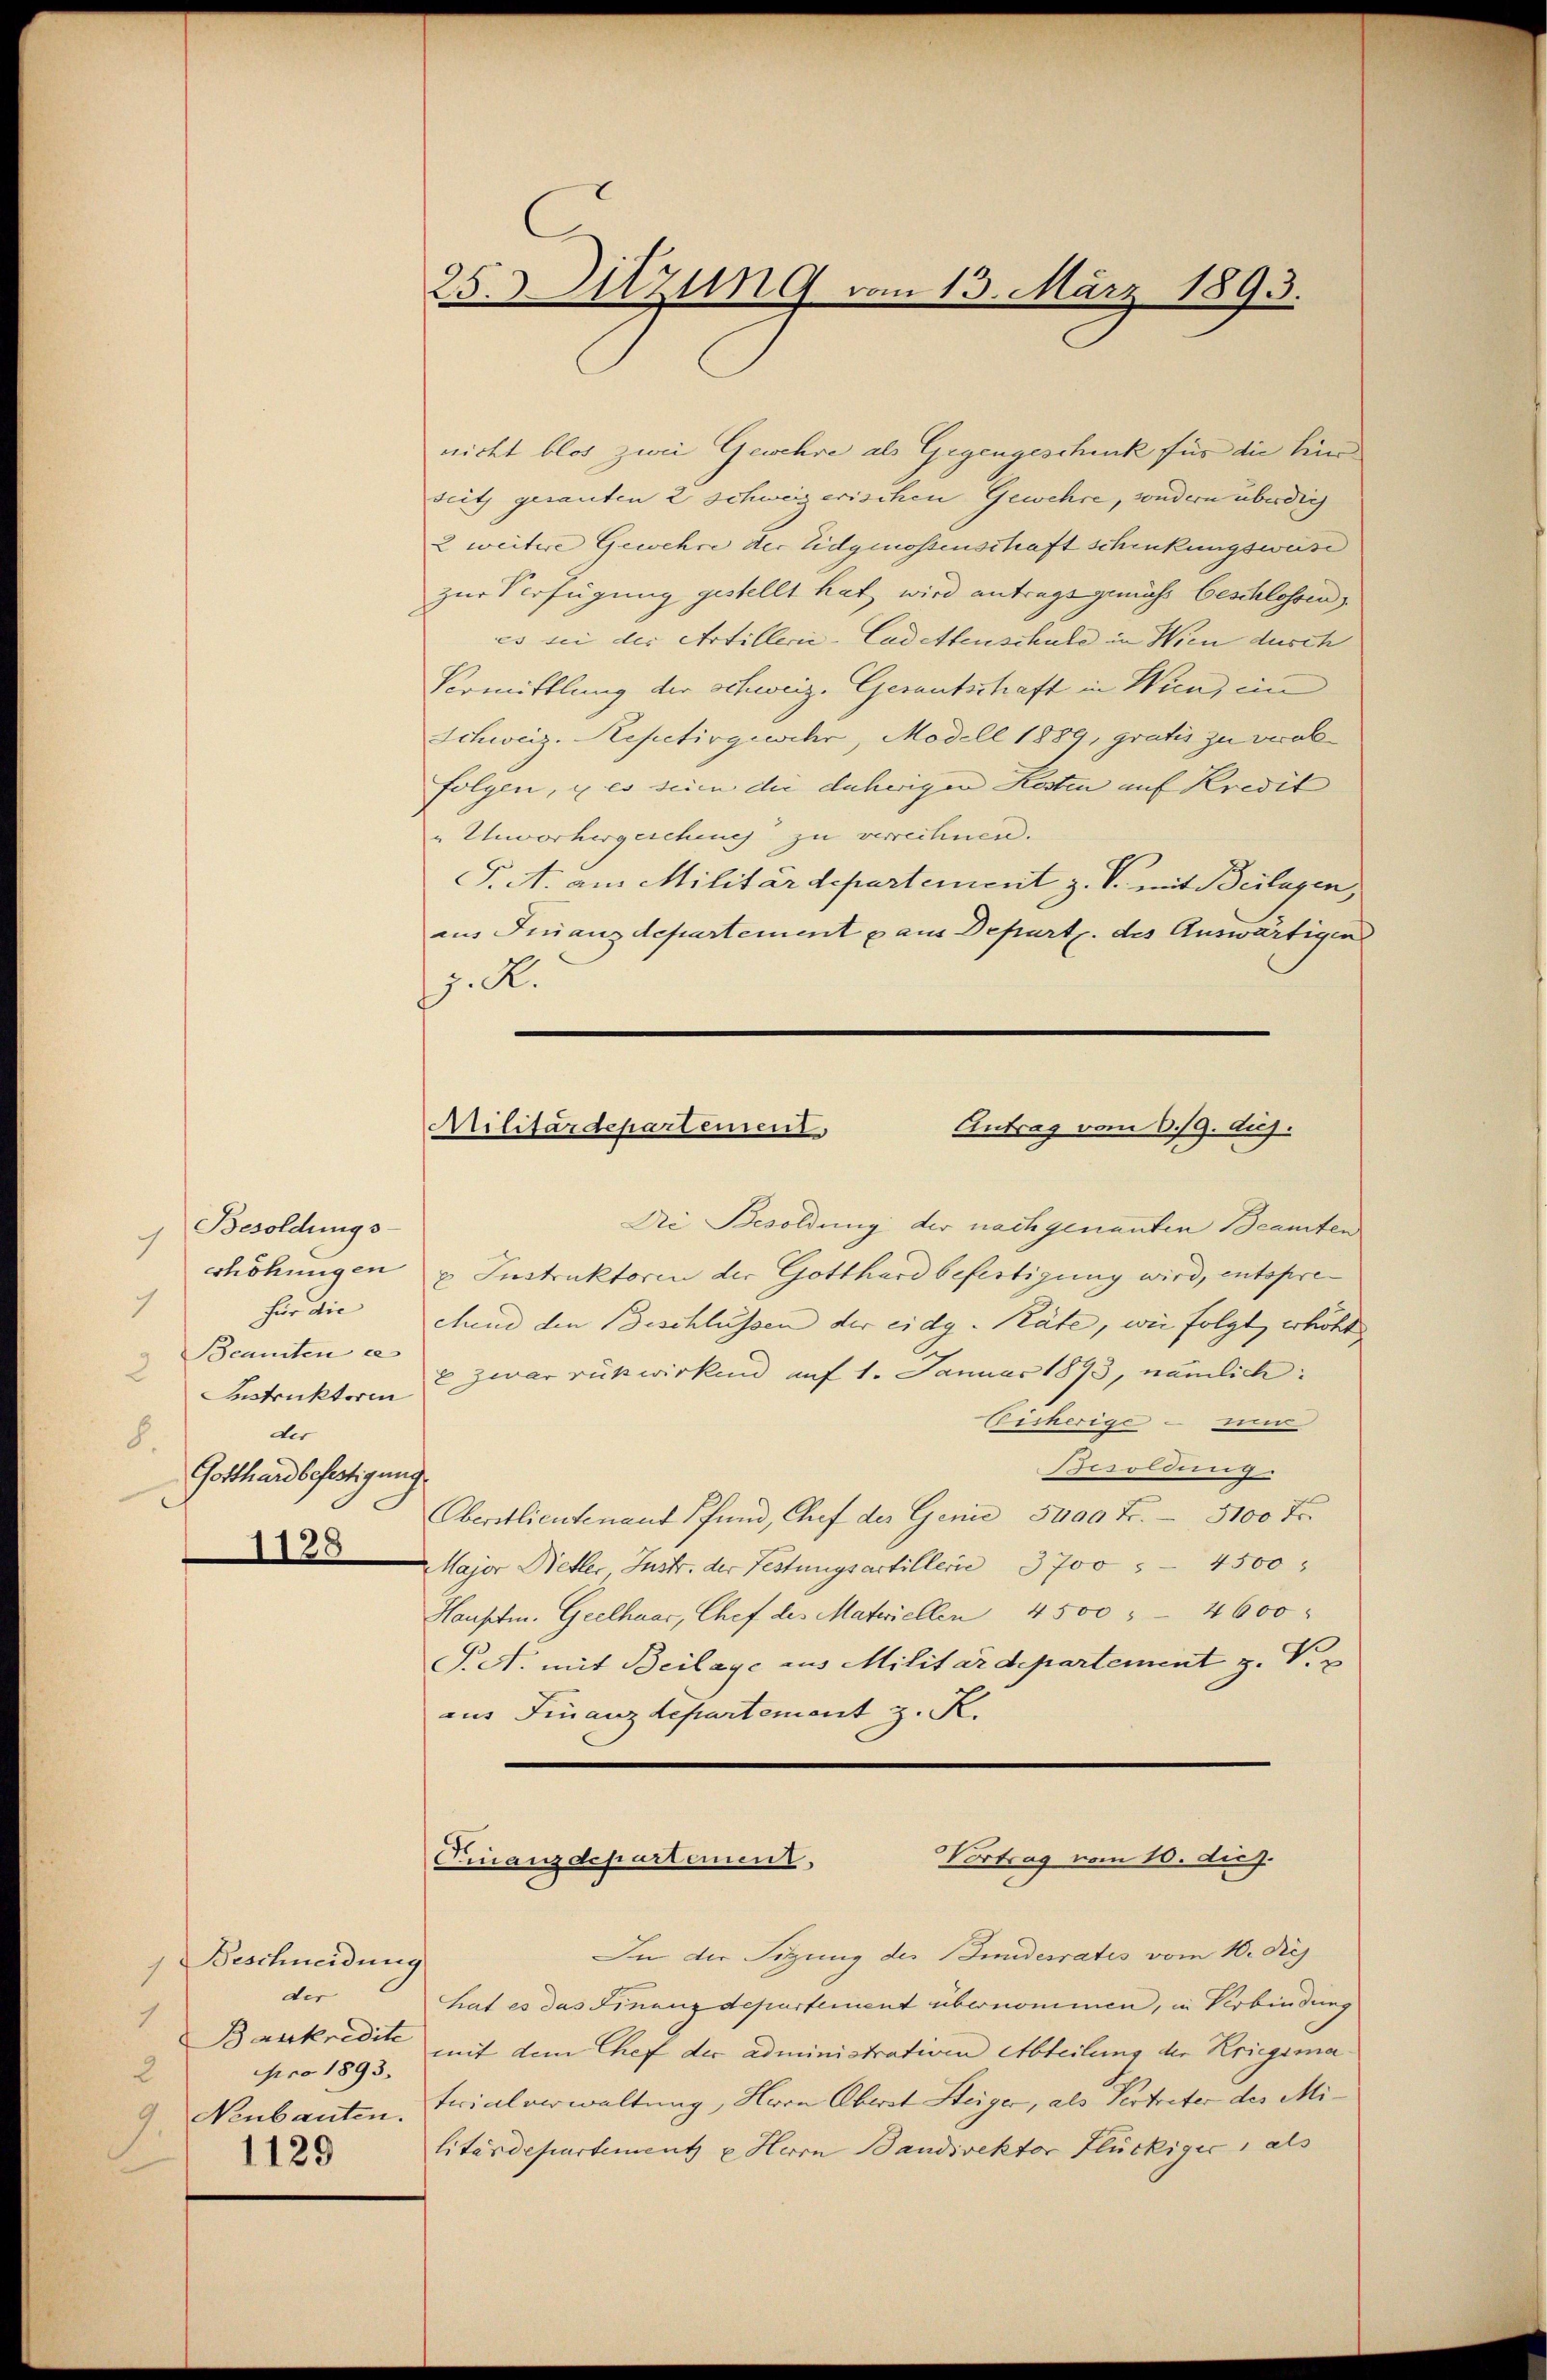
Besoldungs-
shöhungen
für die
Beamten e
2
Instruktoren
der
8.
Gotthard befestigung
1128

Beschneidung
1
der
1
pro 1893.
2
1129

25. Sitzung vom 13. März 1893.

nicht blos zwei Gewehre als Gegengeschenk für die Eine
seits gesanten 2 schweizerischen Gewehre, sondern überdich
2 weitere Gewehre der Eidgenossenschaft schenkungsweise
zur Verfügung gestellt hat wird antragsgemäss beschlossen
es bei der Artillerie-Cadettenschule in Wien durch
Vormittlung der schweiz. Gesantschaft in Wien, ein
Schweiz. Repetivgewehr, Modell 1889, gratis zu veralfolgen, u es seien die daherigen Kosten auf Kredit
„Unvorhergeschung zu verrechnen.
S. A. aus Militärdepartement z. T. mit Beilagen,
aus Finanzdepartement aus Depart. des Auswärtigen
j. R.
Antrag vom 6./9. huj.
Militärdepartement,
Die Besoldung der nachgenannten Beamten
u Instruktoren der Gotthard befertigung wird, entspreeund den Beschlüssen der eidg. Räte, wie folgt, erhöht
2 zwar rükwirken auf 1. Januar 1893, nämlich:
Bisherige – un
Besoldung.
s
Oberstlieutenant Pfand, Chef des Genie 5400 Fr. 3100 Fr.
Major Dietler Instr. der Festungsartillerie 3700 " - 4500
Hauptm. Geelhuar, Chef des Materiellen 4500 " 4600
P.S. mit Beilage aus Militärdepartement z. T. 3
aus Finanzdepartement z. R.

Vortrag vom 10. die
Finanzdepartement,

In der Sitzung des Bundesrates vom 10. Diej
hat es das Finanzdepartement übernommen, in Verbindung
Bankredite mit dem Chef der administrativen Abteilung der Kriegsma
) Neubauten, Frialverwaltung, Herrn Oberst Steiger, als Vertreter des Militärdepartement u Herrn Bandirektor Flückigic als